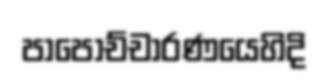
පාපොච්චාරණයෙහිදි